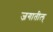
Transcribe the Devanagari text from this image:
जगातील्